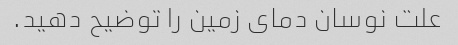
علت نوسان دمای زمین را توضیح دهید.